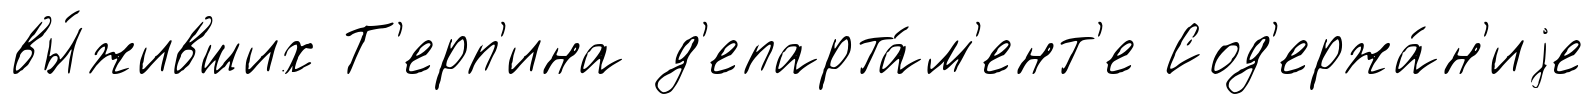
вы́живших Т'ерп'ина д'епарта́м'ент'е Сод'ержа́н'иjе